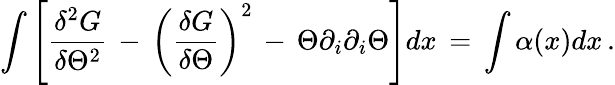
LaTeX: \int\left[{\frac{\delta^{2}G}{\delta\Theta^{2}}}\, -\, \left({\frac{\delta G}{\delta\Theta}}\right)^{2}\, -\, \Theta\partial_{i}\partial_{i}\Theta\right]dx\, =\, \int\alpha(x)dx\, .